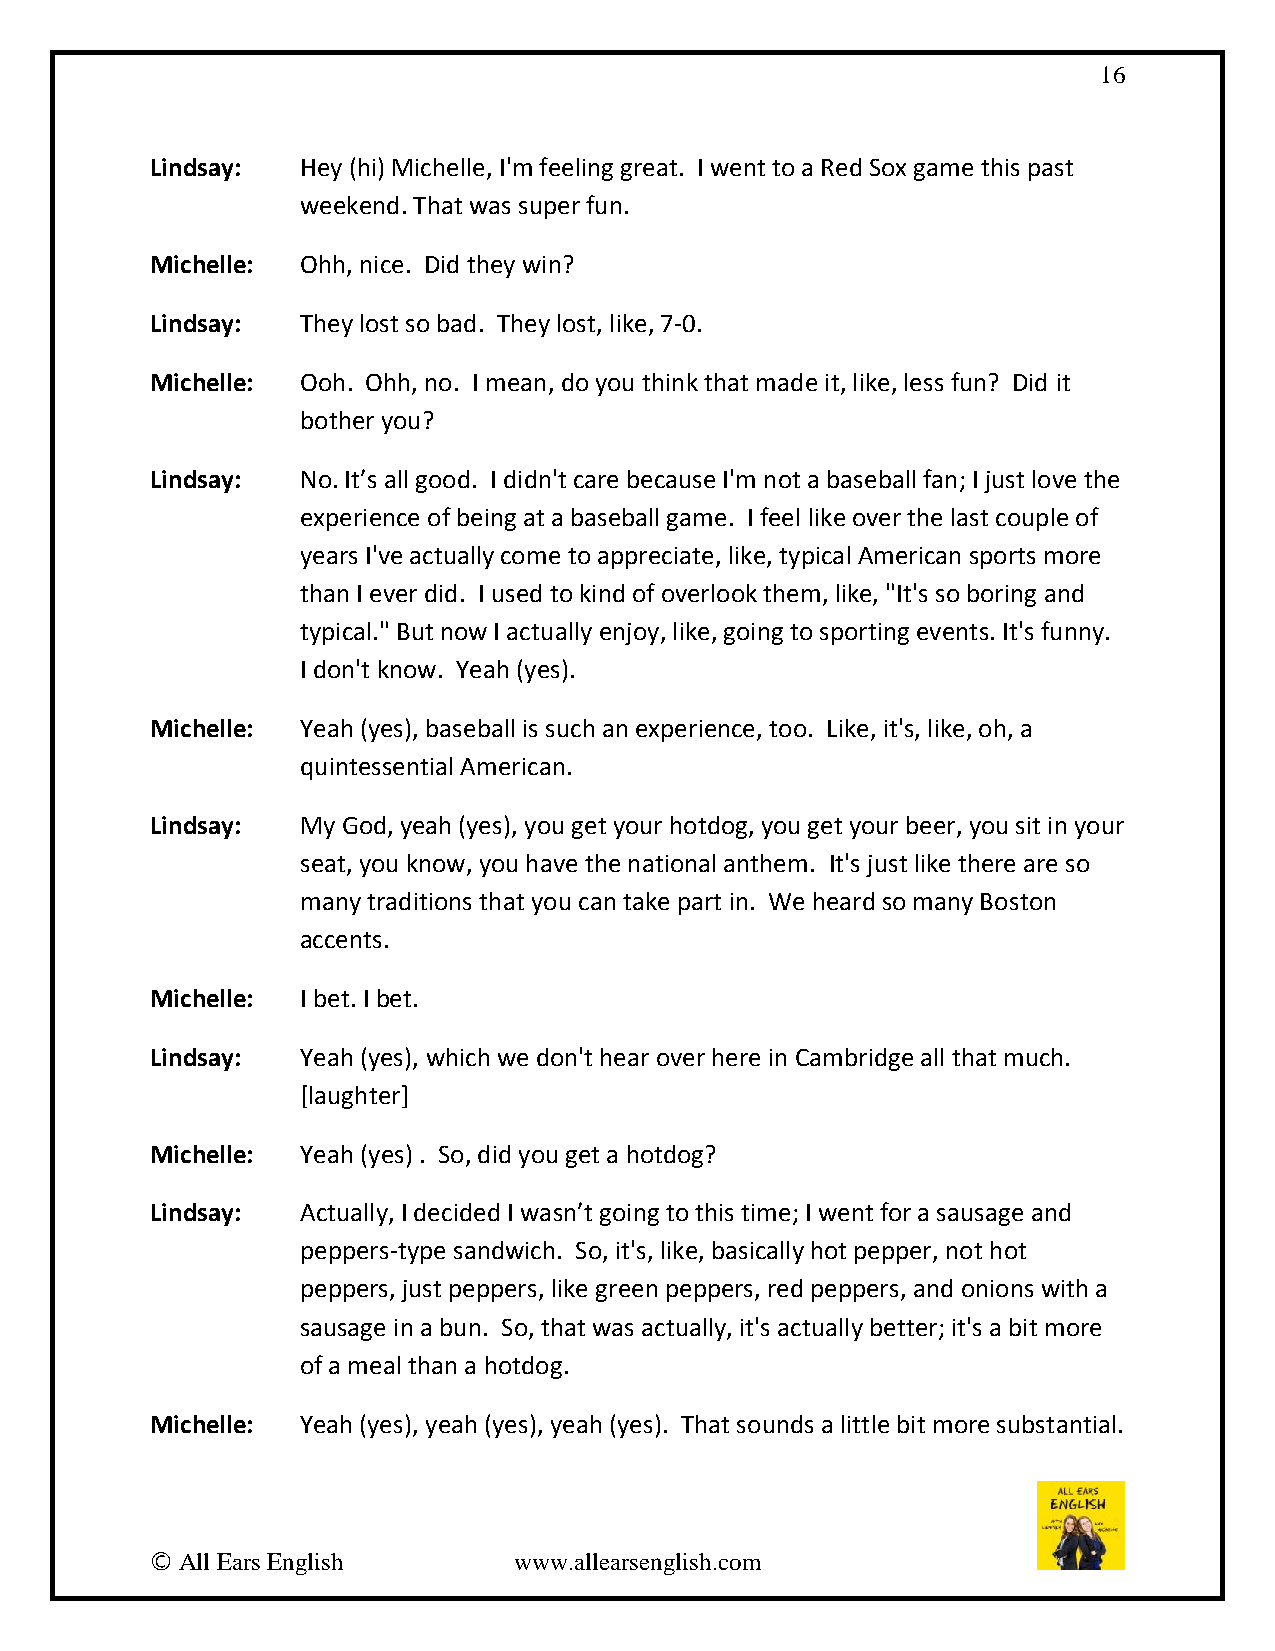
16
 Lindsay:  Hey (hi) Michelle, I'm feeling great. I went to a Red Sox game this past
 weekend. That was super fun.
 Michelle: Ohh, nice. Did they win?
 Lindsay:  They lost so bad. They lost, like, 7-0.
 Michelle: Ooh. Ohh, no. I mean, do you think that made it, like, less fun? Did it
 bother you?
 Lindsay:  No. It’s all good. I didn't care because I'm not a baseball fan; I just love the
 experience of being at a baseball game. I feel like over the last couple of
 years I've actually come to appreciate, like, typical American sports more
 than I ever did. I used to kind of overlook them, like, "It's so boring and
 typical." But now I actually enjoy, like, going to sporting events. It's funny.
 I don't know. Yeah (yes).
 Michelle: Yeah (yes), baseball is such an experience, too. Like, it's, like, oh, a
 quintessential American.
 Lindsay:  My God, yeah (yes), you get your hotdog, you get your beer, you sit in your
 seat, you know, you have the national anthem. It's just like there are so
 many traditions that you can take part in. We heard so many Boston
 accents.
 Michelle: I bet. I bet.
 Lindsay:  Yeah (yes), which we don't hear over here in Cambridge all that much.
 [laughter]
 Michelle: Yeah (yes) . So, did you get a hotdog?
 Lindsay:  Actually, I decided I wasn’t going to this time; I went for a sausage and
 peppers-type sandwich. So, it's, like, basically hot pepper, not hot
 peppers, just peppers, like green peppers, red peppers, and onions with a
 sausage in a bun. So, that was actually, it's actually better; it's a bit more
 of a meal than a hotdog.
 Michelle: Yeah (yes), yeah (yes), yeah (yes). That sounds a little bit more substantial.
 © All Ears English      www.allearsenglish.com